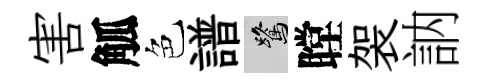
害觚色譜鷺瞠袈訥